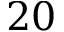
2 0